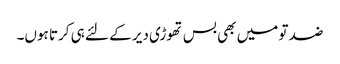
ضد تو میں بھی بس تھوڑی دیر کے لئے ہی کرتا ہوں۔